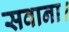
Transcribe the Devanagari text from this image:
सवाना।